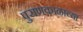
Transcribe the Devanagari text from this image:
पुराणकाळाच्या